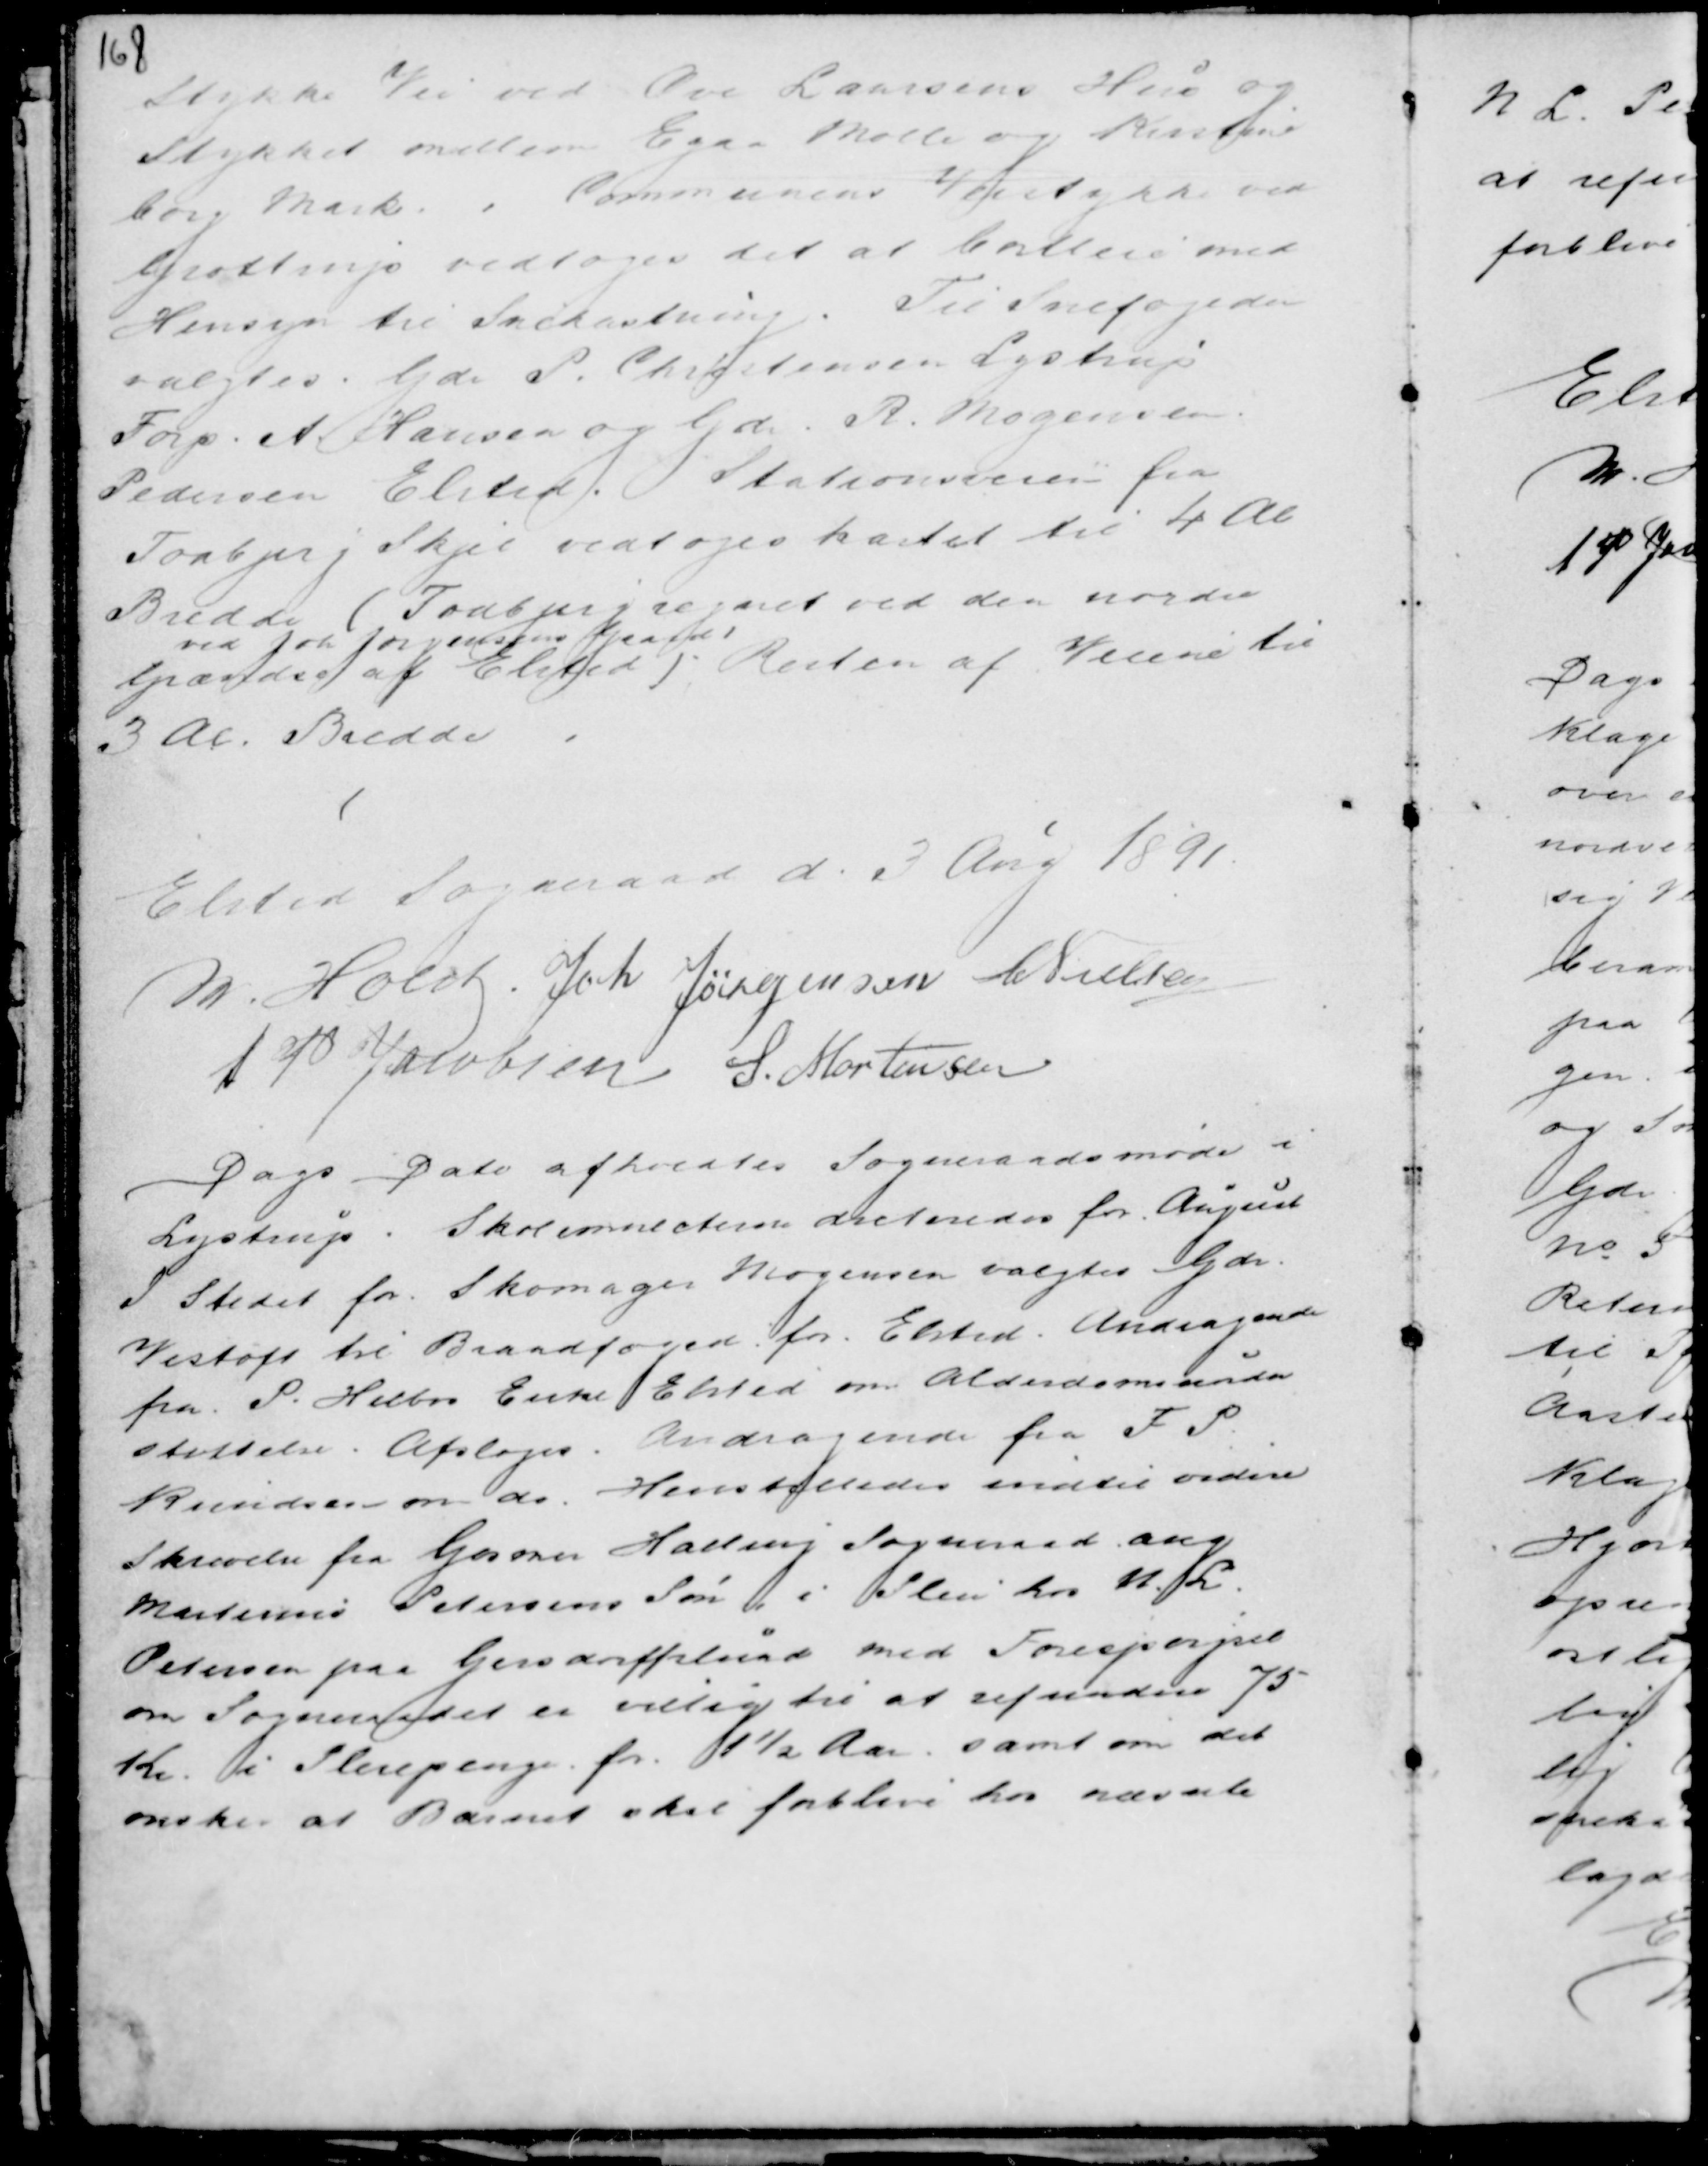
Transskription:
Stykke Vei ved Ove Laursens Hus og
Stykket mellem Egaa Mølle og Kirstine
borg Mark. . Communens Veistykke ved
Grottrup vedtages det at bortleie med
Hensyn til Snekastning. Til Snefogeder
valgtes Gdr P. Christensen Lystrup
Forp. A. Hansen Gdr R. Mogensen
Pedersen Elsted. Stationsveien fra
Todbjerg Skjel vedtoges kastet til 4 Al
Bredde
ved Joh Jørgensens Gaard
(Todbjerg regnet ved den nordre
Grændse af Elsted) Resten til
3 Al Bredde.

Elsted Sogneraad d. 3 Aug 1891.
M. Holst . Joh Jørgensen C Nielsen
A P Jacobsen S. Mortensen

Dags Dato afholdtes Sogneraadsmøde i
Lystrup. Skolemulcterne dikteredes for August
I Stedet for Skomager Mogensen valgtes Gdr
Vistoft til Brandfoged for Elsted. Andragende
fra P. Helbos Enke Elsted om Alderdomsunder
støttelse. Afsloges. Andragende fra F P
Knudsen om do. Henstilledes indtil videre
Skrivelse fra Gosmer Halling Sogneraad ang
Martinus Petersens Søn i Pleie hos N L
Petersen paa Gersdorffslund med Forespørgsel
om Sogneraadet er villig til at refundere 75
Kr. i Pleiepenge for 1½ Aar . samt om det
ønsker at Barnet skal forblive hos nævnte